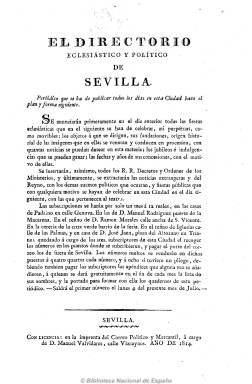
Título: El Directorio eclesiástico y político de Sevilla
Colección: Periódicos anteriores a 1850
Ámbito geográfico: Sevilla
Lugar de publicación: Sevilla
Fechas: 03/07/1814-31/08/1814

Diario (incluso sale en domingo) del que se conocen 54 números (con un total de 236 páginas), desde el uno de julio al 31 de agosto de 1814, que sale “con licencia” del capitán general de la imprenta del recién desaparecido Correo Político y Mercantil, a cargo de Manuel Valvidares. Dirigido por José María Montero Espinosa, aficionado a las cofradías y a los toros, de espíritu católico y entusiasta defensor de Fernando VII, y redactado por un grupo de frailes.

De tendencia anticonstitucional y absolutista, su carácter es noticioso, histórico, literario, de avisos y anuncios, emparentado con los periódicos anteriores al sexenio doceañista.

Comienza cada número, de cuatro páginas y foliación seguida, con las notas astronómicas y el santoral, jubileos e indulgencias y las fiestas eclesiásticas. Publica noticias de España y del extranjero, extractadas de otros periódicos, en concreto de El diario de Madrid; artículos divulgativos de demografía, economía, historia, biografía, necrología y efemérides; reales decretos, órdenes y bandos; ventas y otras noticias locales de las cofradías sevillanas y fiestas patrióticas y anuncios, así como alguna exhortación absolutista y composición poética.

Sólo del cinco al nueve de agosto se interrumpe su frecuencia diaria. Publicó también algunos suplementos, de cuatro páginas.